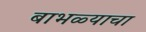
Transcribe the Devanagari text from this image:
बाभळ्याचा